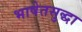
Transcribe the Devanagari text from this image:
भाषेतसुद्धा